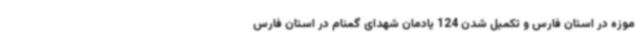
موزه در استان فارس و تکمیل شدن 124 یادمان شهدای گمنام در استان فارس